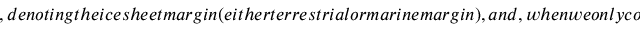
, d e n o t i n g t h e i c e s h e e t m a r g i n ( e i t h e r t e r r e s t r i a l o r m a r i n e m a r g i n ) , a n d , w h e n w e o n l y c o n s i d e r a p o r t i o n o f t h e i c e s h e e t , i n